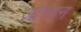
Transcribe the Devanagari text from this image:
ओरगन